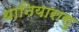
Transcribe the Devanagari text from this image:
थानियारासु